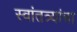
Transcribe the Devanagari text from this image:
स्वांतत्र्यांचा